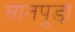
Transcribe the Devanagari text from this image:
सातपुडा़